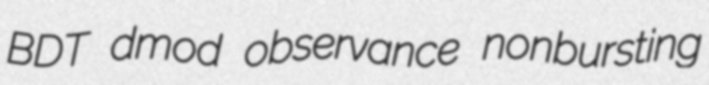
BDT dmod observance nonbursting